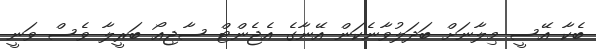
ބެކާ އޭސީ މިލާނަށް ބަދަލުވާނެކަން އޭނާގެ އެޖެންޓް ސާޖިއޯ ބަރީލާ ވެސް ވަނީ